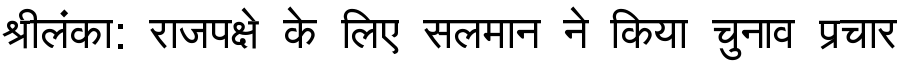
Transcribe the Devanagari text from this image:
श्रीलंका: राजपक्षे के लिए सलमान ने किया चुनाव प्रचार